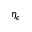
\eta _ { \epsilon }